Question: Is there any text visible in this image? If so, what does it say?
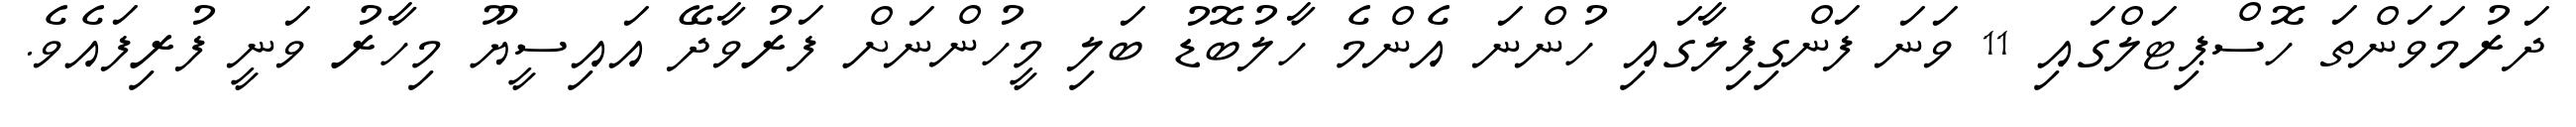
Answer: ދަރުމަވަންތަ ހޮސްޕިޓަލްގައި 11 ވަނަ ފަންގިފިލާގައި ހުންނަ އެންމެ ހާލުބޮޑު ބަލި މީހުންނަށް ފަރުވާދޭ އައިސީޔޫ މިހާރު ވަނީ ފުރިފައެވެ.